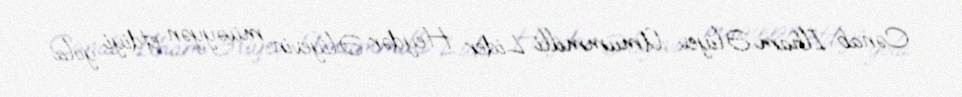
Cənab İlham Əliyev Ümummilli Lider Heydər Əliyevin müəyyən etdiyi yola